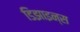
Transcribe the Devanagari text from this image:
डिझाइन्स